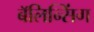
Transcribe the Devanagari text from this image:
बॅलिन्सिंग